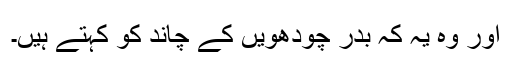
اور وہ یہ کہ بدر چودھویں کے چاند کو کہتے ہیں۔